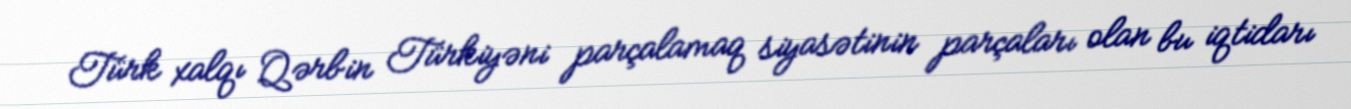
Türk xalqı Qərbin Türkiyəni parçalamaq siyasətinin parçaları olan bu iqtidarı